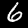
Digit: 6